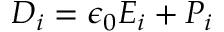
D _ { i } = \epsilon _ { 0 } E _ { i } + P _ { i }